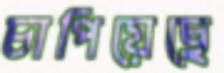
চাপিয়েছে